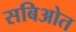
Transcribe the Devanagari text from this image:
सबिओत